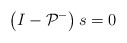
\begin{align*}\left(I-\mathcal{P}^-\right) s=0 \end{align*}